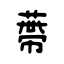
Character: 蔕